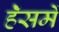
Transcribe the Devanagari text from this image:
हॅेसमें